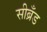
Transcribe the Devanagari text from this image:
सीब्रँड